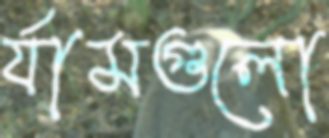
র‍্যামগুলো